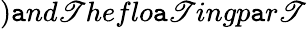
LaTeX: )\mathtt{a}nd\mathscr{T}heflo\mathtt{a}\mathscr{T}ingp\mathtt{a}r\mathscr{T}